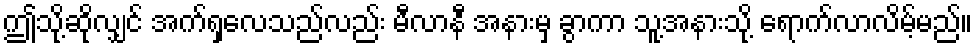
ဤသို့ဆိုလျှင် အက်ရှလေသည်လည်း မီလာနီ အနားမှ ခွာကာ သူ့အနားသို့ ရောက်လာလိမ့်မည်။